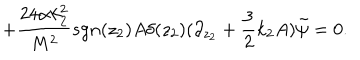
+ \frac { 2 4 \alpha k _ { 2 } ^ { 2 } } { M ^ { 2 } } s g n ( z _ { 2 } ) A \delta ( z _ { 2 } ) ( \partial _ { z _ { 2 } } + \frac { 3 } { 2 } k _ { 2 } A ) \tilde { \psi } = 0 .